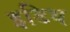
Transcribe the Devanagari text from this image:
इडिथ